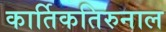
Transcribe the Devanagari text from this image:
कार्तिकतिरुनाल